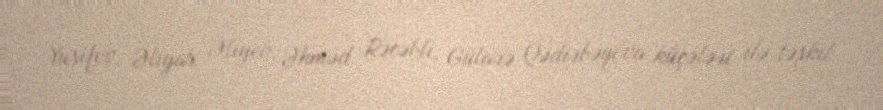
Yusifov, Əliyar Əliyev, Əhməd Rəcəbli, Gülarə Qədirbəyova küçələri ilə təşkil